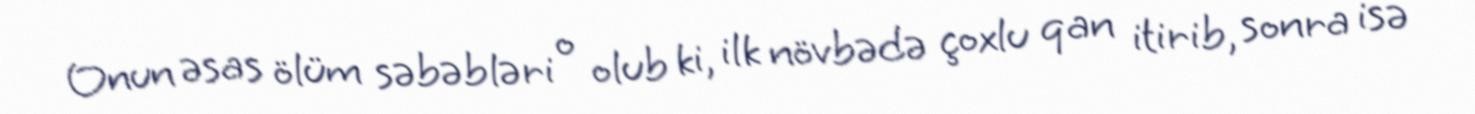
Onun əsas ölüm səbəbləri o olub ki, ilk növbədə çoxlu qan itirib, sonra isə